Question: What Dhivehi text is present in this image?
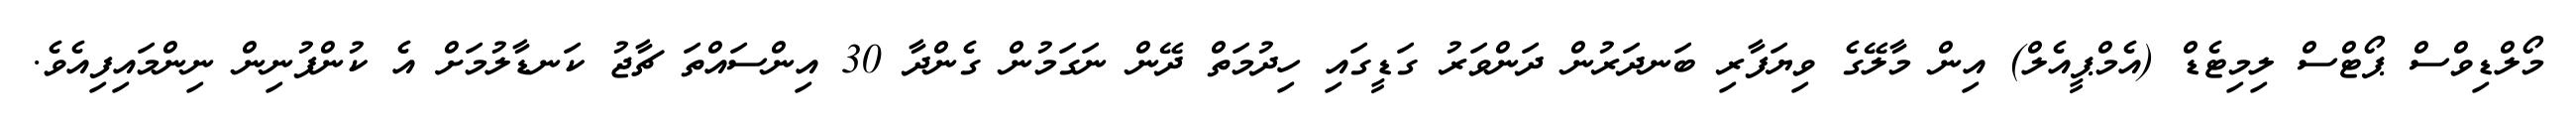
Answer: މޯލްޑިވްސް ޕޯޓްސް ލިމިޓެޑް (އެމްޕީއެލް) އިން މާލޭގެ ވިޔަފާރި ބަނދަރުން ދަންވަރު ގަޑީގައި ހިދުމަތް ދޭން ނަގަމުން ގެންދާ 30 އިންސައްތަ ޗާޖު ކަނޑާލުމަށް އެ ކުންފުނިން ނިންމައިފިއެވެ.